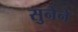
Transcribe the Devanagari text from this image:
सुनेने